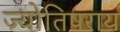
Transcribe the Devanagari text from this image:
ज्योतिषराय